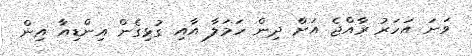
ވަނަ އަހަރު ރާއްޖެ އަށް ދިން ހަމަލާ އާއި ގުޅިގެން އިންޑިއާ އިން